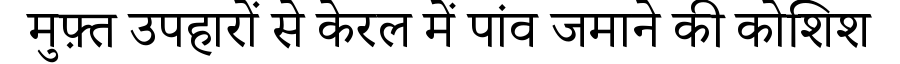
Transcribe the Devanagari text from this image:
मुफ़्त उपहारों से केरल में पांव जमाने की कोशिश